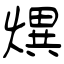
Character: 熼